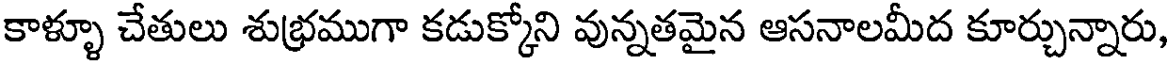
కాళ్ళూ చేతులు శుభ్రముగా కడుక్కోని వున్నతమైన ఆసనాలమీద కూర్చున్నారు,